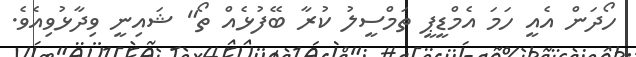
ހޯދަން އެއީ ހަމަ އެމްޑީޕީ ތަމްސީލު ކުރާ ބޭފުޅެއް ތޯ" ޝައިނީ ވިދާޅުވިއެވެ.